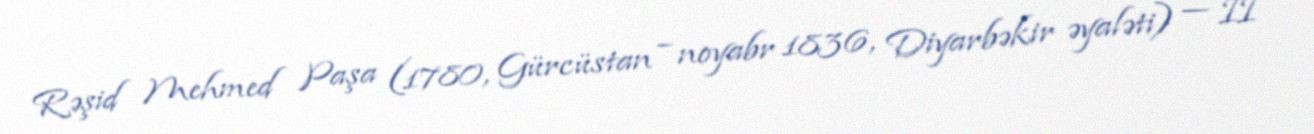
Rəşid Mehmed Paşa (1780, Gürcüstan – noyabr 1836, Diyarbəkir əyaləti) — II